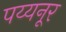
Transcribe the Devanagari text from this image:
पय्यनूर